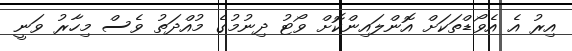
އިރު އެ އެވޯޑްތަކަށް އޮންލައިންކޮށް ވޯޓު ދިނުމުގެ މުއްދަތު ވެސް މިހާރު ވަނީ